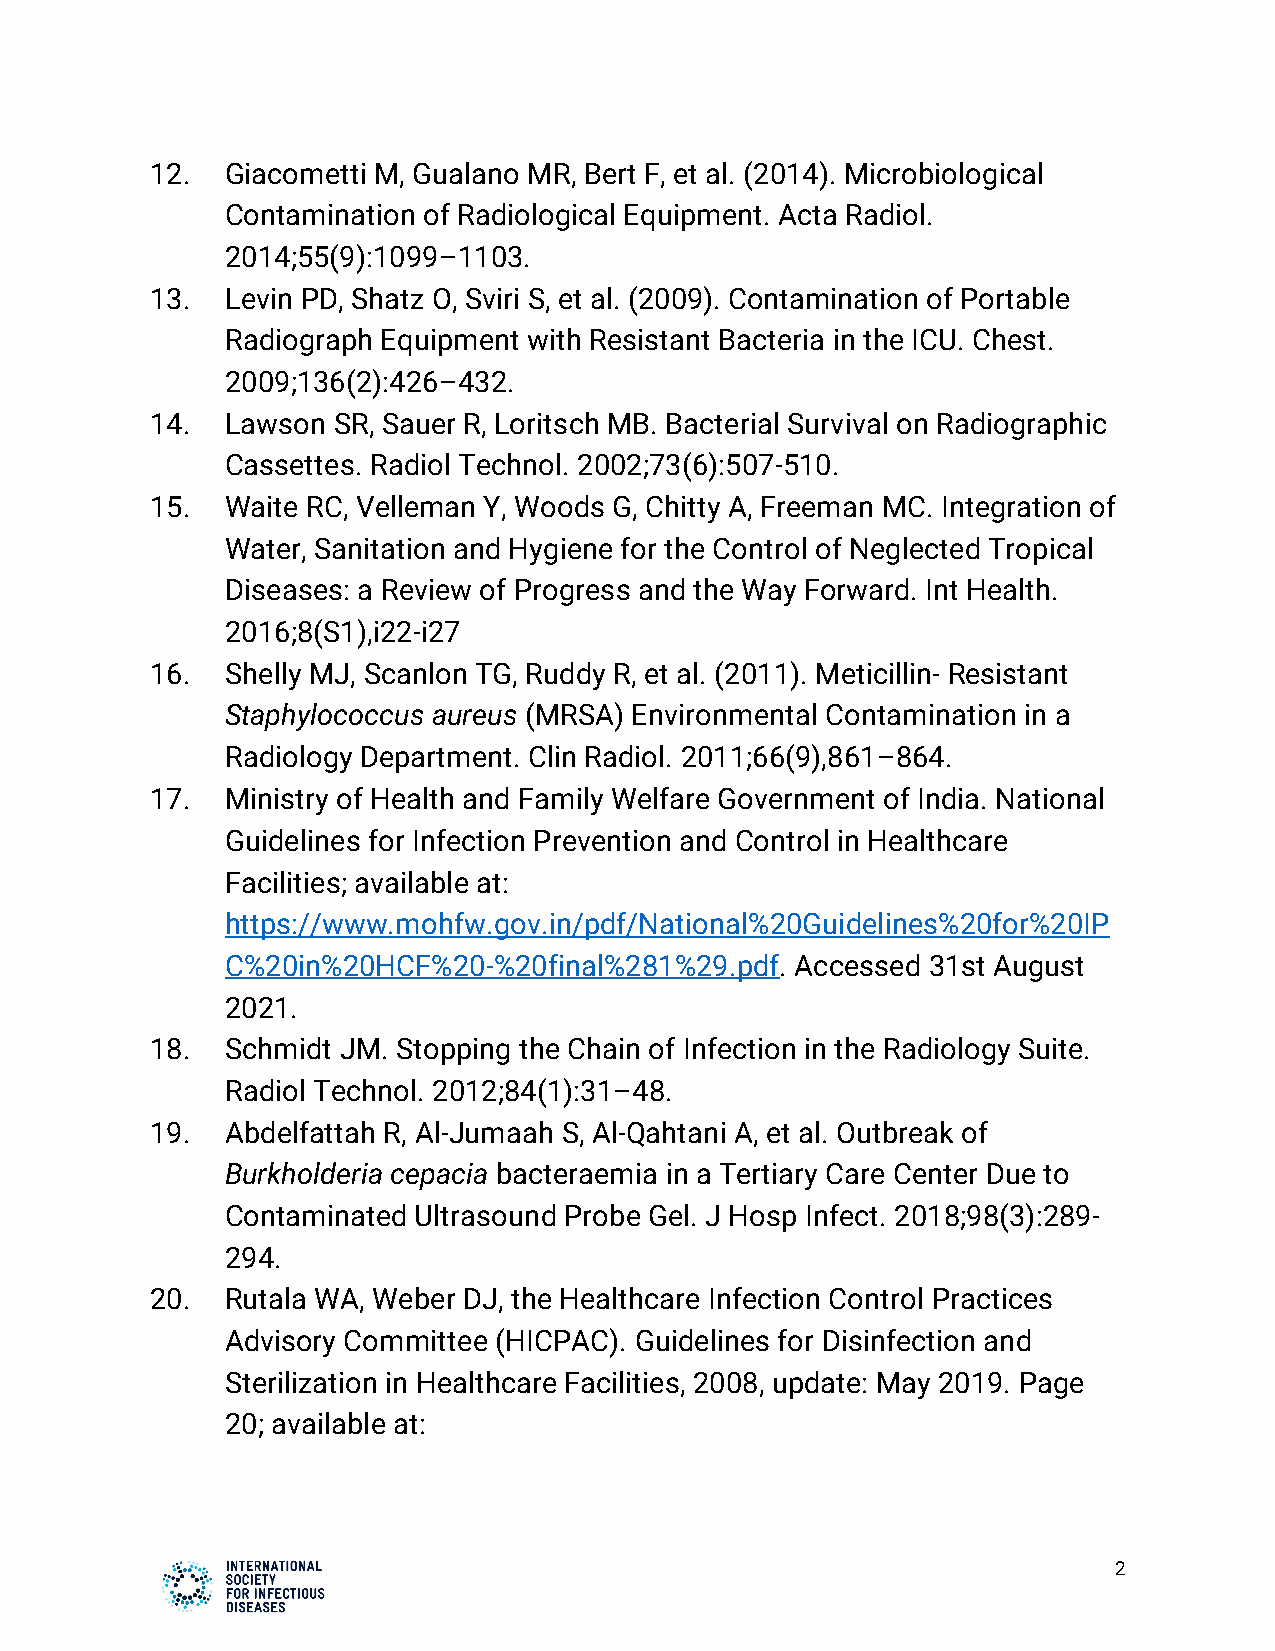
12.  Giacometti M, Gualano MR, Bert F, et al. (2014). Microbiological
 Contamination of Radiological Equipment. Acta Radiol.
 2014;55(9):1099–1103.
 13.  Levin PD, Shatz O, Sviri S, et al. (2009). Contamination of Portable
 Radiograph Equipment with Resistant Bacteria in the ICU. Chest.
 2009;136(2):426–432.
 14.  Lawson SR, Sauer R, Loritsch MB. Bacterial Survival on Radiographic
 Cassettes. Radiol Technol. 2002;73(6):507-510.
 15.  Waite RC, Velleman Y, Woods G, Chitty A, Freeman MC. Integration of
 Water, Sanitation and Hygiene for the Control of Neglected Tropical
 Diseases: a Review of Progress and the Way Forward. Int Health.
 2016;8(S1),i22-i27
 16.  Shelly MJ, Scanlon TG, Ruddy R, et al. (2011). Meticillin- Resistant
 Staphylococcus aureus (MRSA) Environmental Contamination in a
 Radiology Department. Clin Radiol. 2011;66(9),861–864.
 17.  Ministry of Health and Family Welfare Government of India. National
 Guidelines for Infection Prevention and Control in Healthcare
 Facilities; available at:
 https://www.mohfw.gov.in/pdf/National%20Guidelines%20for%20IP
 C%20in%20HCF%20-%20final%281%29.pdf.  Accessed 31st August
 2021.
 18.  Schmidt JM. Stopping the Chain of Infection in the Radiology Suite.
 Radiol Technol. 2012;84(1):31–48.
 19.  Abdelfattah R, Al-Jumaah S, Al-Qahtani A, et al. Outbreak of
 Burkholderia cepacia bacteraemia in a Tertiary Care Center Due to
 Contaminated Ultrasound Probe Gel. J Hosp Infect. 2018;98(3):289-
 294.
 20.  Rutala WA, Weber DJ, the Healthcare Infection Control Practices
 Advisory Committee (HICPAC). Guidelines for Disinfection and
 Sterilization in Healthcare Facilities, 2008, update: May 2019. Page
 20; available at:
 2